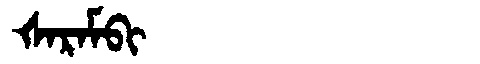
Manchu: ᡧᠠᡵᠠᠮᠪᡳ
Romanization: ŠARAMBI